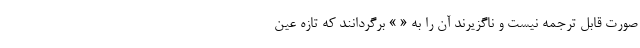
صورت قابل ترجمه نیست و ناگزیرند آن را به « » برگردانند که تازه عین